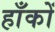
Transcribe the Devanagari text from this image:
हाँकों